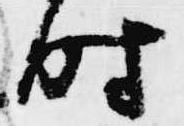
時